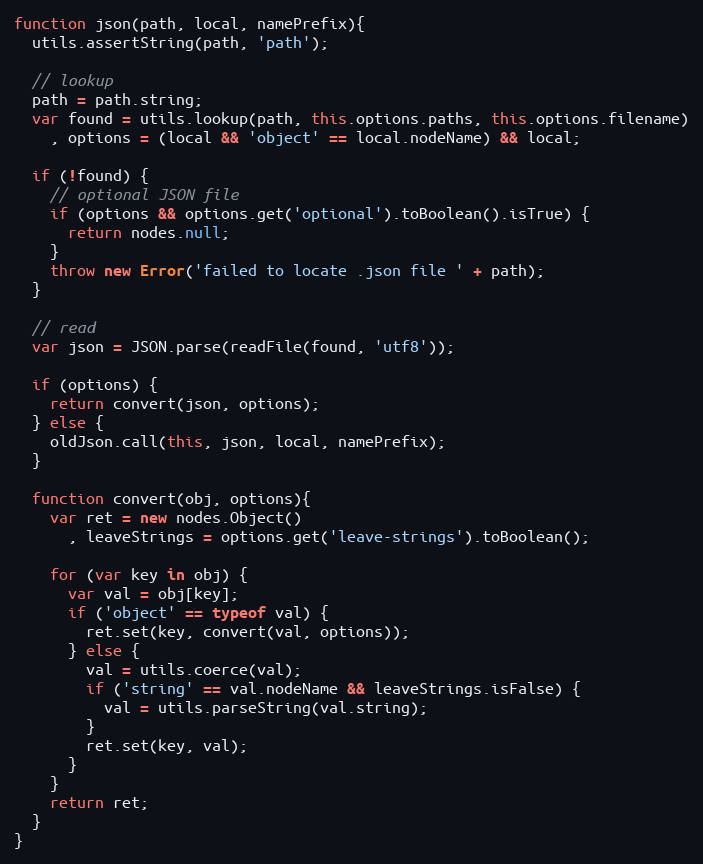
Language: JavaScript
function json(path, local, namePrefix){
  utils.assertString(path, 'path');

  // lookup
  path = path.string;
  var found = utils.lookup(path, this.options.paths, this.options.filename)
    , options = (local && 'object' == local.nodeName) && local;

  if (!found) {
    // optional JSON file
    if (options && options.get('optional').toBoolean().isTrue) {
      return nodes.null;
    }
    throw new Error('failed to locate .json file ' + path);
  }

  // read
  var json = JSON.parse(readFile(found, 'utf8'));

  if (options) {
    return convert(json, options);
  } else {
    oldJson.call(this, json, local, namePrefix);
  }

  function convert(obj, options){
    var ret = new nodes.Object()
      , leaveStrings = options.get('leave-strings').toBoolean();

    for (var key in obj) {
      var val = obj[key];
      if ('object' == typeof val) {
        ret.set(key, convert(val, options));
      } else {
        val = utils.coerce(val);
        if ('string' == val.nodeName && leaveStrings.isFalse) {
          val = utils.parseString(val.string);
        }
        ret.set(key, val);
      }
    }
    return ret;
  }
}